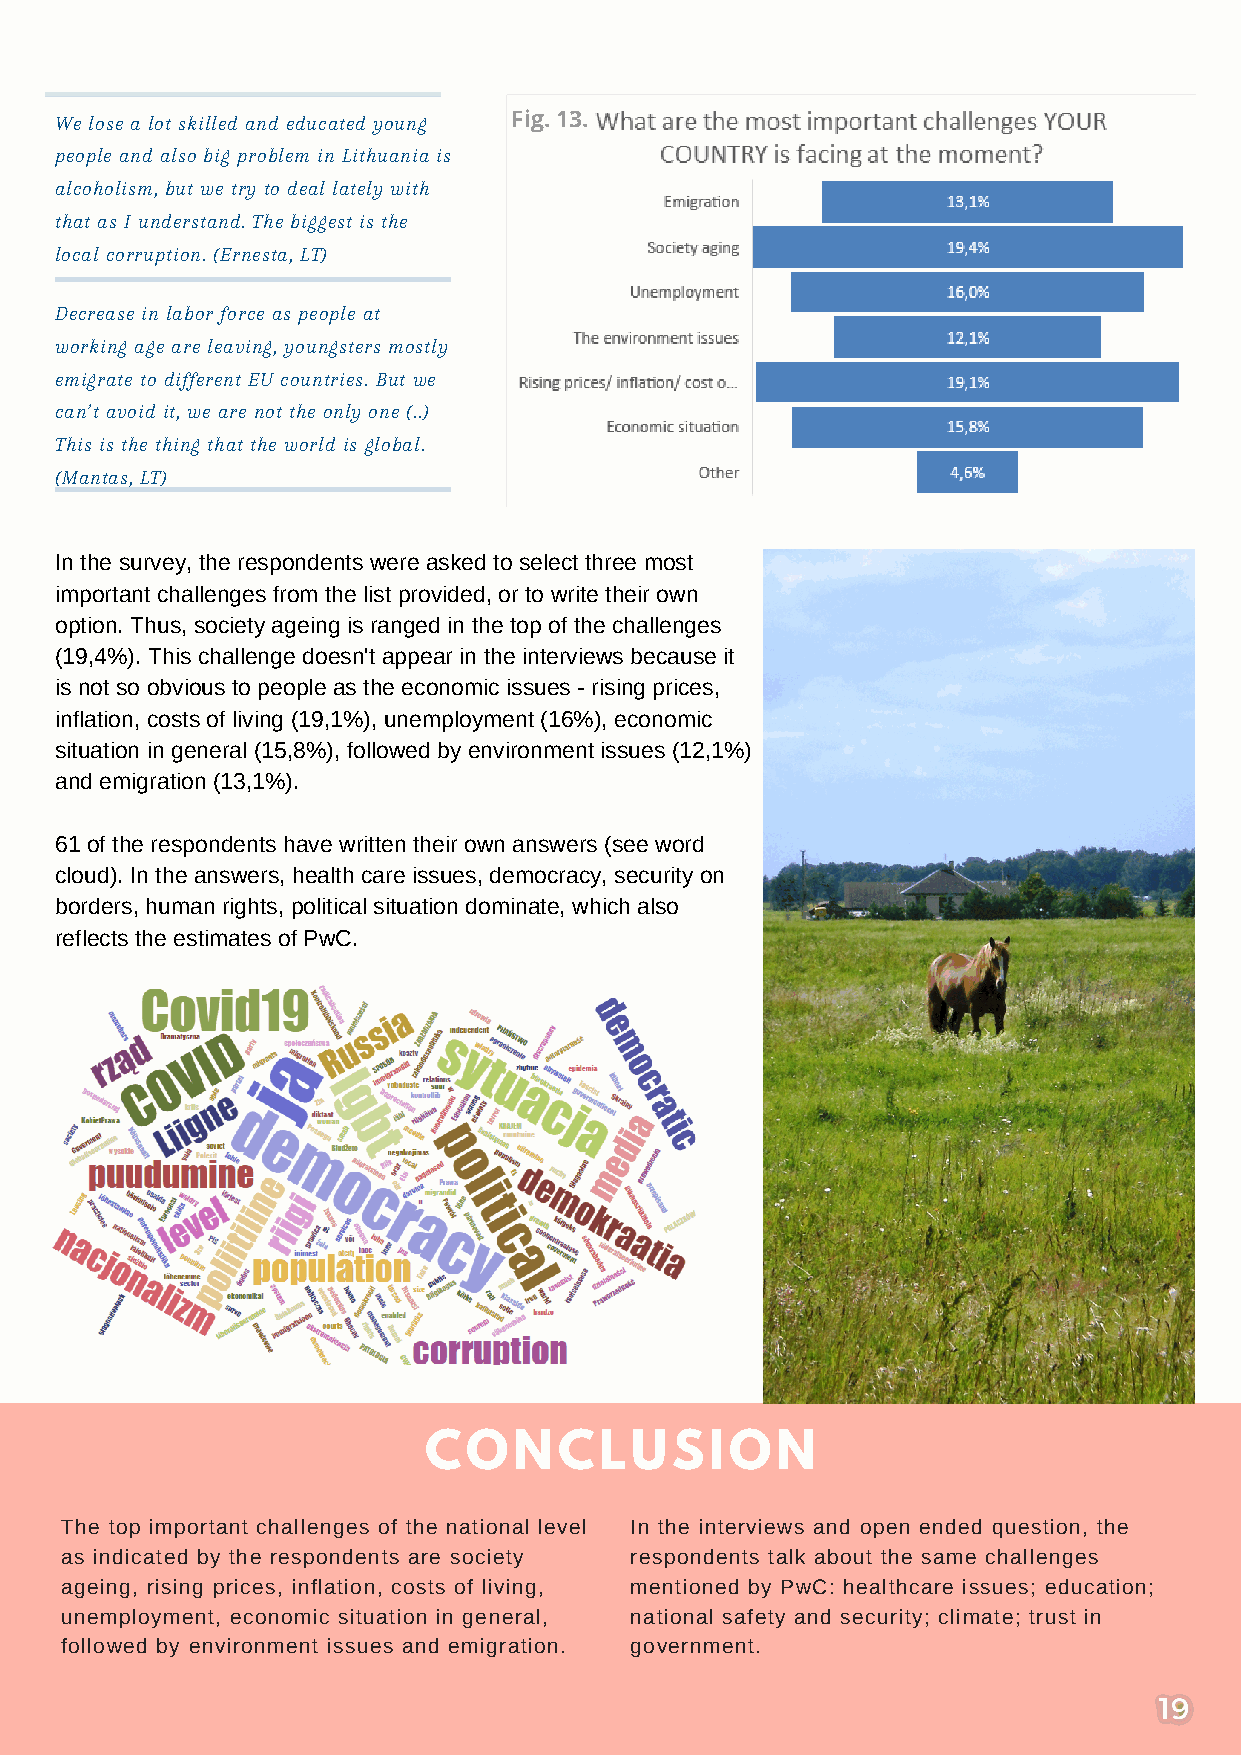
We lose a lot skilled and educated young Fig. 13.
 people and also big problem in Lithuania is
 alcoholism, but we try to deal lately with
 that as I understand. The biggest is the
 local corruption. (Ernesta, LT)
 Decrease in labor force as people at
 working age are leaving, youngsters mostly
 emigrate to different EU countries. But we
 can’t avoid it, we are not the only one (..)
 This is the thing that the world is global.
 (Mantas, LT)
 In the survey, the respondents were asked to select three most
 important challenges from the list provided, or to write their own
 option. Thus, society ageing is ranged in the top of the challenges
 (19,4%). This challenge doesn't appear in the interviews because it
 is not so obvious to people as the economic issues - rising prices,
 inflation, costs of living (19,1%), unemployment (16%), economic
 situation in general (15,8%), followed by environment issues (12,1%)
 and emigration (13,1%).
 61 of the respondents have written their own answers (see word
 cloud). In the answers, health care issues, democracy, security on
 borders, human rights, political situation dominate, which also
 reflects the estimates of PwC.
 CONCLUSION
 The top important challenges of the national level In the interviews and open ended question, the
 as indicated by the respondents are society respondents talk about the same challenges
 ageing, rising prices, inflation, costs of living, mentioned by PwC: healthcare issues; education;
 unemployment, economic situation in general, national safety and security; climate; trust in
 followed by environment issues and emigration. government.